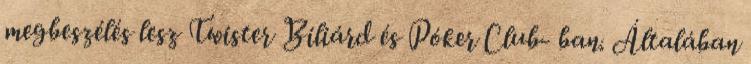
megbeszélés lesz Twister Biliárd és Póker Club- ban. Általában